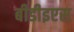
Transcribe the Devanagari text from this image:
बीडीइएस